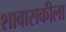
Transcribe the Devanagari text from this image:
शाबासकीला